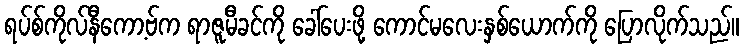
ရပ်စ်ကိုလ်နီကော့ဗ်က ရာဇူမီခင်ကို ခေါ်ပေးဖို့ ကောင်မလေးနှစ်ယောက်ကို ပြောလိုက်သည်။